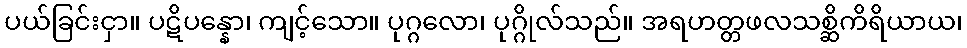
ပယ်ခြင်းငှာ။ ပဋိပန္နော၊ ကျင့်သော။ ပုဂ္ဂလော၊ ပုဂ္ဂိုလ်သည်။ အရဟတ္တဖလသစ္ဆိကိရိယာယ၊